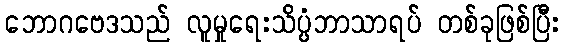
ဘောဂဗေဒသည် လူမှုရေးသိပ္ပံဘာသာရပ် တစ်ခုဖြစ်ပြီး